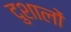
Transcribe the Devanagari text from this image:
दुशालों